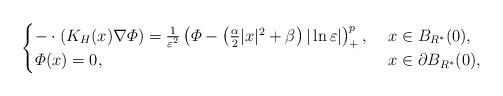
LaTeX: \begin{align*}\begin{cases}-\cdot(K_H(x)\nabla\varPhi)=\frac{1}{\varepsilon^2}\left( \varPhi-\left( \frac{\alpha}{2}|x|^2+\beta\right) |\ln\varepsilon|\right)^p_+,\ &x\in B_{R^*}(0),\\\varPhi(x)=0,\ &x\in \partial B_{R^*}(0),\end{cases}\end{align*}